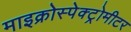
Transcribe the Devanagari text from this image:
माइक्रोस्पेक्ट्रोमीटर